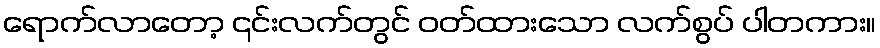
ရောက်လာတော့ ၎င်းလက်တွင် ဝတ်ထားသော လက်စွပ် ပါတကား။